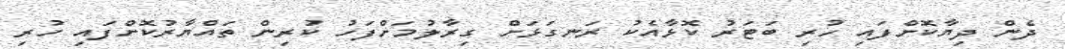
ދެން ދިޔާކޮށްފައި ހުރި ބަޓަރު ކޮޅާއެކު ރަނގަޅަށް ގިރާލުމަށްފަހު ކުރިން ތައްޔާރުކޮށްފައި ހުރި